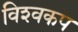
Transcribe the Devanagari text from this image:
विश्‍वकप